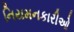
નિયમનકારીઓ